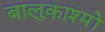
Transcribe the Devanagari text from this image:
बालुकाश्मों